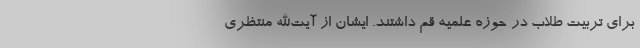
برای تربیت طلاب در حوزه علمیه قم داشتند. ایشان از آیت‌الله منتظری